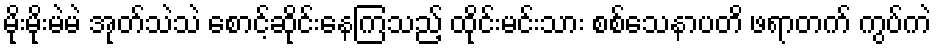
မိုးမိုးမဲမဲ အုတ်သဲသဲ စောင့်ဆိုင်းနေကြသည့် ထိုင်းမင်းသား စစ်သေနာပတိ ဖရာတက် ကွပ်ကဲ